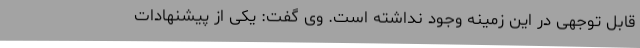
قابل توجهی در این زمینه وجود نداشته است. وی گفت: یکی از پیشنهادات